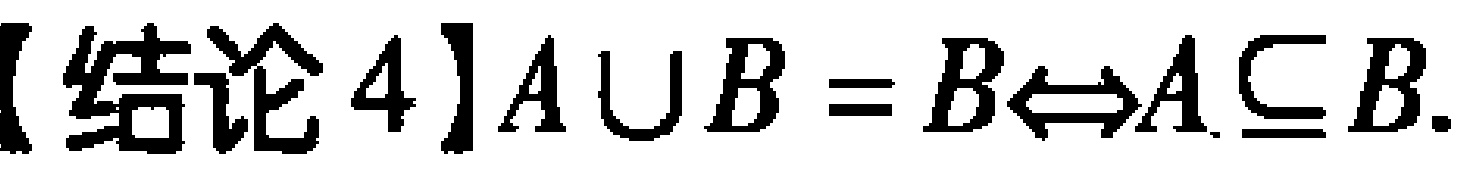
【结论4】$A\cup B = B\Leftrightarrow A\subseteq B$.